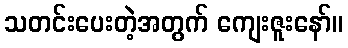
သတင်းပေးတဲ့အတွက် ကျေးဇူးနော်။